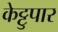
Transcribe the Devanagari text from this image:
केट्टुपार